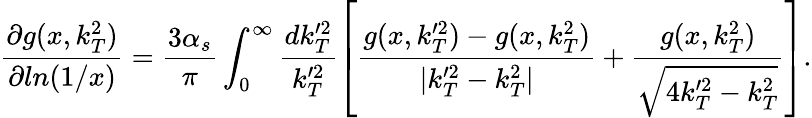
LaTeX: \frac{\partial g(x,k_{T}^{2})}{\partial ln(1/x)}=\frac{3\alpha_{s}}{\pi}\int_{0}^{\infty}\frac{dk_{T}^{\prime 2}}{k_{T}^{\prime 2}}\left[\frac{g(x,k_{T}^{\prime 2})-g(x,k_{T}^{2})}{\vert k_{T}^{\prime 2}-k_{T}^{2}\vert}+\frac{g(x,k_{T}^{2})}{\sqrt{4k_{T}^{\prime 2}-k_{T}^{2}}}\right].